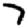
Digit: 7